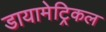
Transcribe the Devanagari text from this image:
डायामेट्रिकल